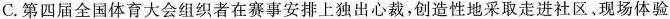
C.第四届全国体育大会组织者在赛事安排上独出心裁，创造性地采取走进社区，现场体验